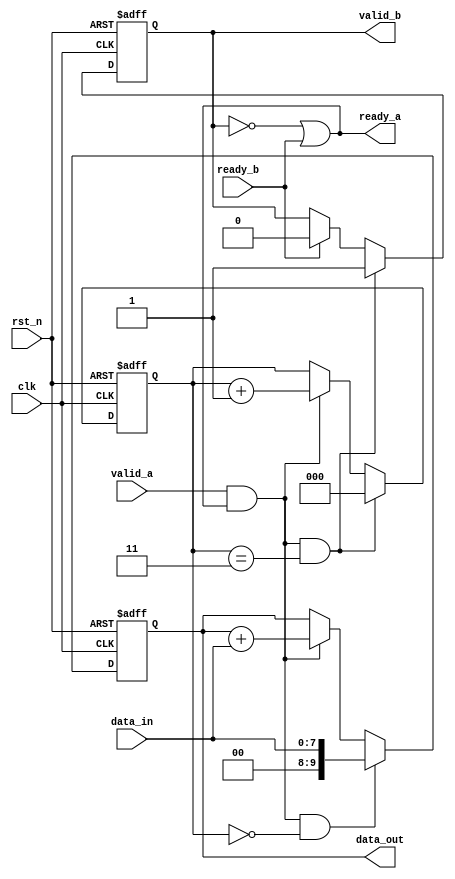
`timescale 1ns/1ns

module valid_ready(
	input 				clk 		,   
	input 				rst_n		,
	input		[7:0]	data_in		,
	input				valid_a		,
	input	 			ready_b		,
 
 	output		 		ready_a		,
 	output	reg			valid_b		,
	output  reg [9:0] 	data_out
);

reg [2:0] cnt;
wire add_cnt, end_cnt;

    assign ready_a = (~valid_b) | ready_b;
    assign add_cnt = valid_a && ready_a;
    assign end_cnt = valid_a && ready_a && (cnt == 3);


    always @(posedge clk or negedge rst_n) begin
        if(!rst_n) begin
            cnt <= 0;
        end
        else if (end_cnt) begin
            cnt <= 0;
        end
        else if(add_cnt) begin
            cnt <= cnt + 1;
        end
    end


    always @(posedge clk or negedge rst_n) begin
        if(!rst_n) begin
            valid_b <= 0;
        end
        else if (end_cnt) begin
            valid_b <= 1;
        end
        else if(ready_b) begin
            valid_b <= 0;
        end
        else begin
            valid_b <= valid_b;
        end
    end

    always @(posedge clk or negedge rst_n) begin
        if(!rst_n) begin
            data_out <= 0;
        end
        else if(add_cnt && cnt == 0) begin
            data_out <= data_in;
        end
        else if (add_cnt) begin
            data_out <= data_out + data_in;
        end
        else begin
            data_out <= data_out;
        end
    end



endmodule